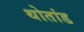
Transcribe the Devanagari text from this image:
थोतांड